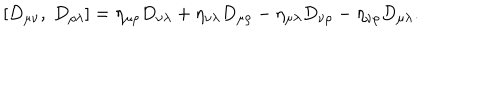
LaTeX: \left[ D _ { \mu \nu } , \ D _ { \rho \lambda } \right] = \eta _ { \mu \rho } D _ { \nu \lambda } + \eta _ { \nu \lambda } D _ { \mu \rho } - \eta _ { \mu \lambda } D _ { \nu \rho } - \eta _ { \nu \rho } D _ { \mu \lambda } .